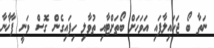
ނަތާ ބޯ ޖަހައިލާފައި އަވަހަށް ބޯތަށްޓާއި ތުވާލި ހިފައިގެން ގޮސް ވަނީ ފާޚާނާ